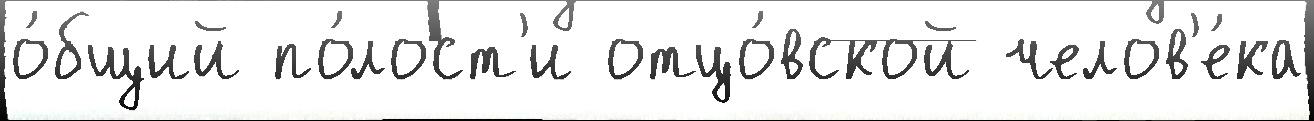
о́бщий по́лост'и отцо́вской челов'е́ка